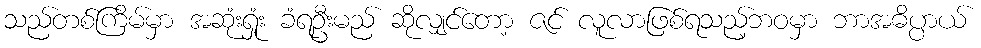
သည်တစ်ကြိမ်မှာ အဆုံးရှုံး ခံရဦးမည် ဆိုလျှင်တော့ ဇင် လူလာဖြစ်ရသည့်ဘဝမှာ ဘာအဓိပ္ပာယ်